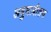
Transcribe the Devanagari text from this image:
अबुधाबीतच